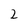
Character: 2